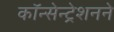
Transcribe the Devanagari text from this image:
कॉन्सेन्ट्रेशनने